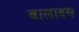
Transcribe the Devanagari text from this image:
बालादय